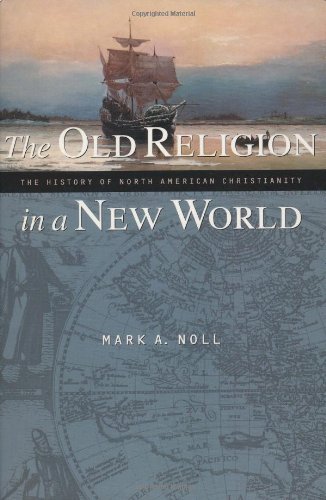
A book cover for The Old Religion in a New World: The History of North American Christianity; Mark A. Noll; History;